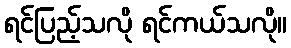
ရင်ပြည့်သလို ရင်ကယ်သလို။